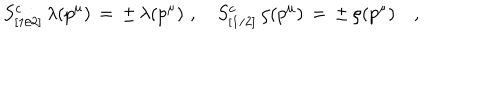
S _ { [ 1 / 2 ] } ^ { c } \, \lambda ( p ^ { \mu } ) \, = \, \pm \, \lambda ( p ^ { \mu } ) \, \, , \quad S _ { [ 1 / 2 ] } ^ { c } \, \rho ( p ^ { \mu } ) \, = \, \pm \, \rho ( p ^ { \mu } ) \quad ,